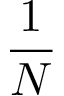
\frac 1 N